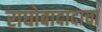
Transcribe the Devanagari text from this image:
राघोबादादाचा